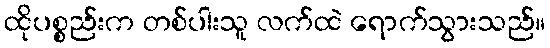
ထိုပစ္စည်းက တစ်ပါးသူ လက်ထဲ ရောက်သွားသည်။